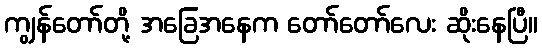
ကျွန်တော်တို့ အခြေအနေက တော်တော်လေး ဆိုးနေပြီ။